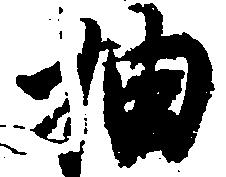
抽